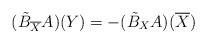
LaTeX: \begin{align*}(\tilde{B}_{\overline{X}}A)(Y)=-(\tilde{B}_{X}A)(\overline{X})\end{align*}